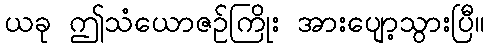
ယခု ဤသံယောဇဉ်ကြိုး အားပျော့သွားပြီ။